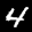
Label: 4